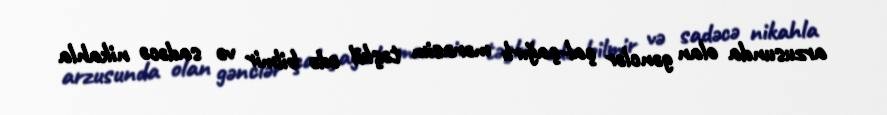
arzusunda olan gənclər çal-çağırlı mərasim təşkil edə bilmir və sadəcə nikahla